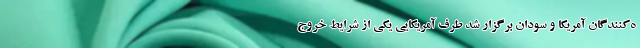
ه‌کنندگان آمریکا و سودان برگزار شد طرف آمریکایی یکی از شرایط خروج